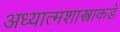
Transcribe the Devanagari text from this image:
अध्यात्मशास्त्राकडे